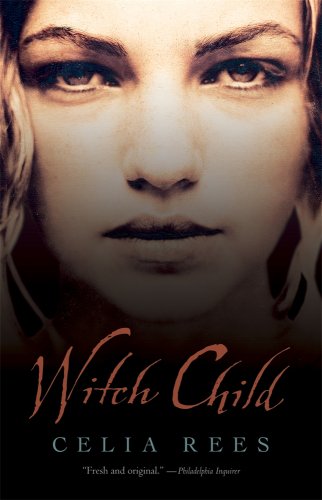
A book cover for Witch Child; Celia Rees; Teen & Young Adult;